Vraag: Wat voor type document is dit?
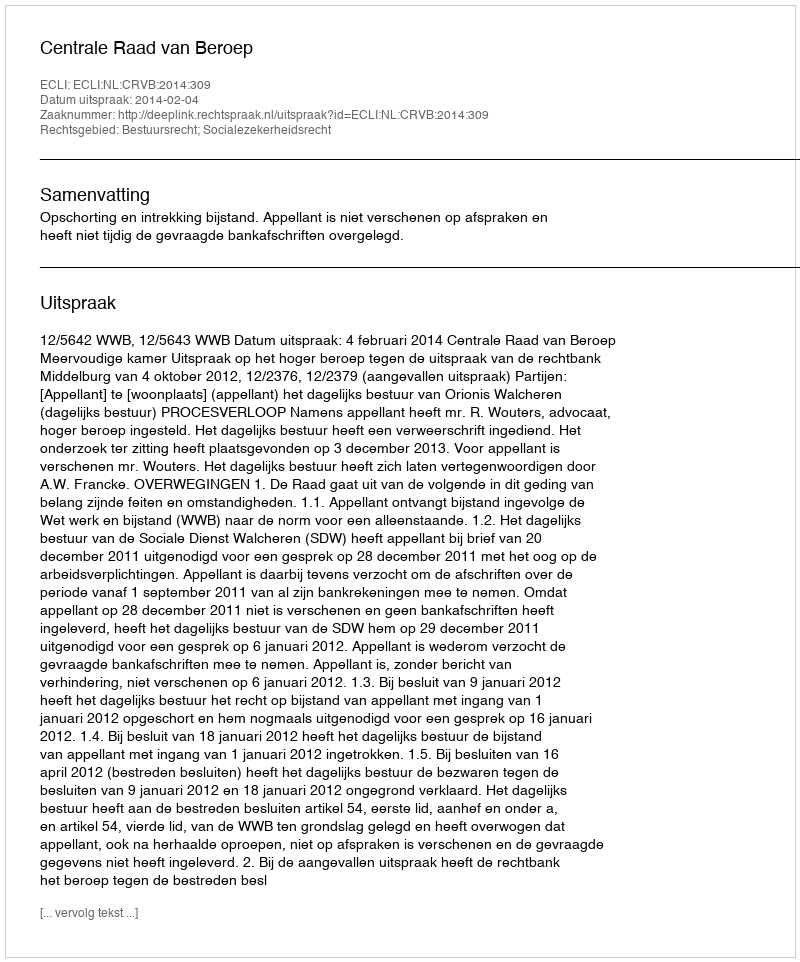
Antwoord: Uitspraak